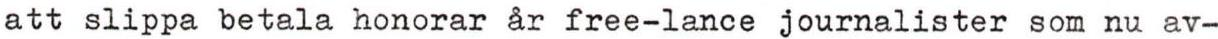
att slippa betala honorar år free-lance journalister som nu av-